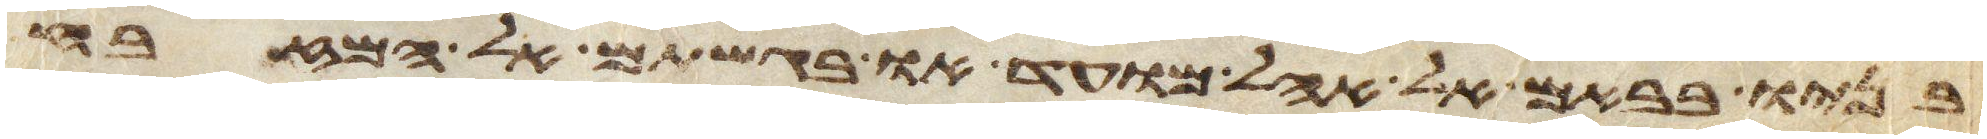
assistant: בניו בבאם אל אהל מועד או בגשתם אל המזבח